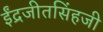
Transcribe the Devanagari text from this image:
ईंद्रजीतसिंहजी